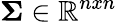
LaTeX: \boldsymbol{\Sigma}\in\mathbb{R}^{nxn}